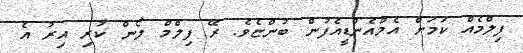
ފިލްމެއް ކަމަށް އެމްއެންޑީއެފުން ބުންޏެވެ. ރޭ ފިލްމް ލޯން ކުރި އިރު އެ